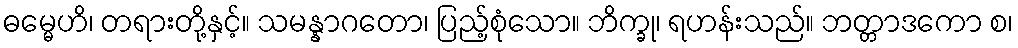
ဓမ္မေဟိ၊ တရားတို့နှင့်။ သမန္နာဂတော၊ ပြည့်စုံသော။ ဘိက္ခု၊ ရဟန်းသည်။ ဘတ္တာဒကော စ၊